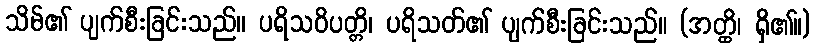
သိမ်၏ ပျက်စီးခြင်းသည်။ ပရိသဝိပတ္တိ၊ ပရိသတ်၏ ပျက်စီးခြင်းသည်။ (အတ္ထိ၊ ရှိ၏။)